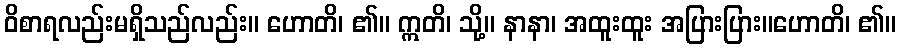
ဝိစာရလည်းမရှိသည်လည်း။ ဟောတိ၊ ၏။ ဣတိ၊ သို့။ နာနာ၊ အထူးထူး အပြားပြား။ဟောတိ၊ ၏။